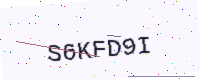
Text: S6KFD9I